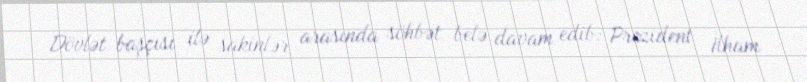
Dövlət başçısı ilə sakinlər arasında söhbət belə davam edib: Prezident İlham